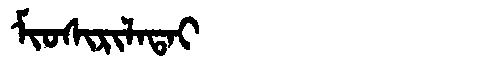
Manchu: ᠮᡳᠣᠰᡳᡵᡳᠯᠠᡨᠠᡳ
Romanization: MIOSIRILATAI